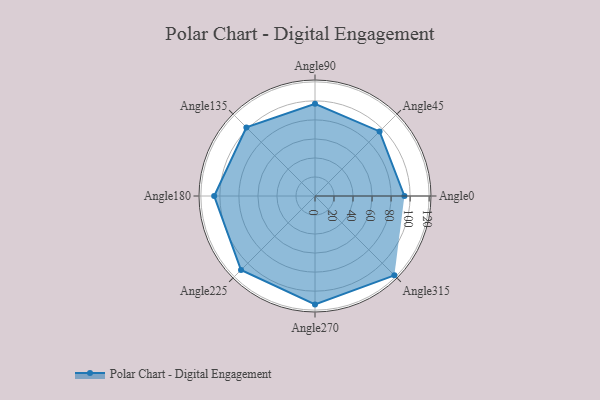
{"axis": {"x": "Angle", "y": "Radius"}, "legend": [""], "data": [{"x": "Angle0", "y": 94.0, "type": ""}, {"x": "Angle45", "y": 96.0, "type": ""}, {"x": "Angle90", "y": 97.0, "type": ""}, {"x": "Angle135", "y": 102.0, "type": ""}, {"x": "Angle180", "y": 106.0, "type": ""}, {"x": "Angle225", "y": 110.0, "type": ""}, {"x": "Angle270", "y": 114.0, "type": ""}, {"x": "Angle315", "y": 118.0, "type": ""}]}